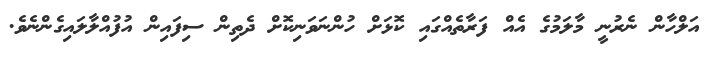
އަލްހާން ނެރުނީ މާލަމުގެ އެއް ފަރާތެއްގައި ކޮޅަށް ހުންނަވަނިކޮށް ދެތިން ސިފައިން އުފުއްލާލައިގެންނެވެ.